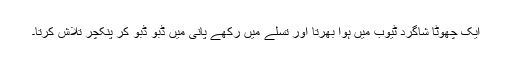
ایک چھوٹا شاگرد ٹیوب میں ہوا بھرتا اور تسلے میں رکھے پانی میں ڈبو ڈبو کر پنکچر تلاش کرتا۔